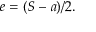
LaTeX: \, \! e = ( S - a ) / 2 .